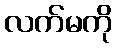
လက်မကို